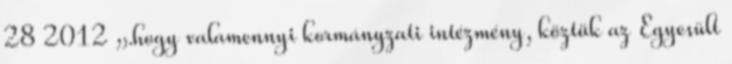
28 2012 „.hogy valamennyi kormányzati intézmény, köztük az Egyesült